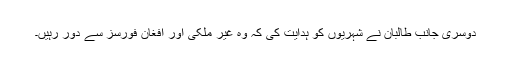
دوسری جانب طالبان نے شہریوں کو ہدایت کی کہ وہ غیر ملکی اور افغان فورسز سے دور رہیں۔